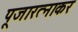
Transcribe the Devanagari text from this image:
पूजारत्नाकर